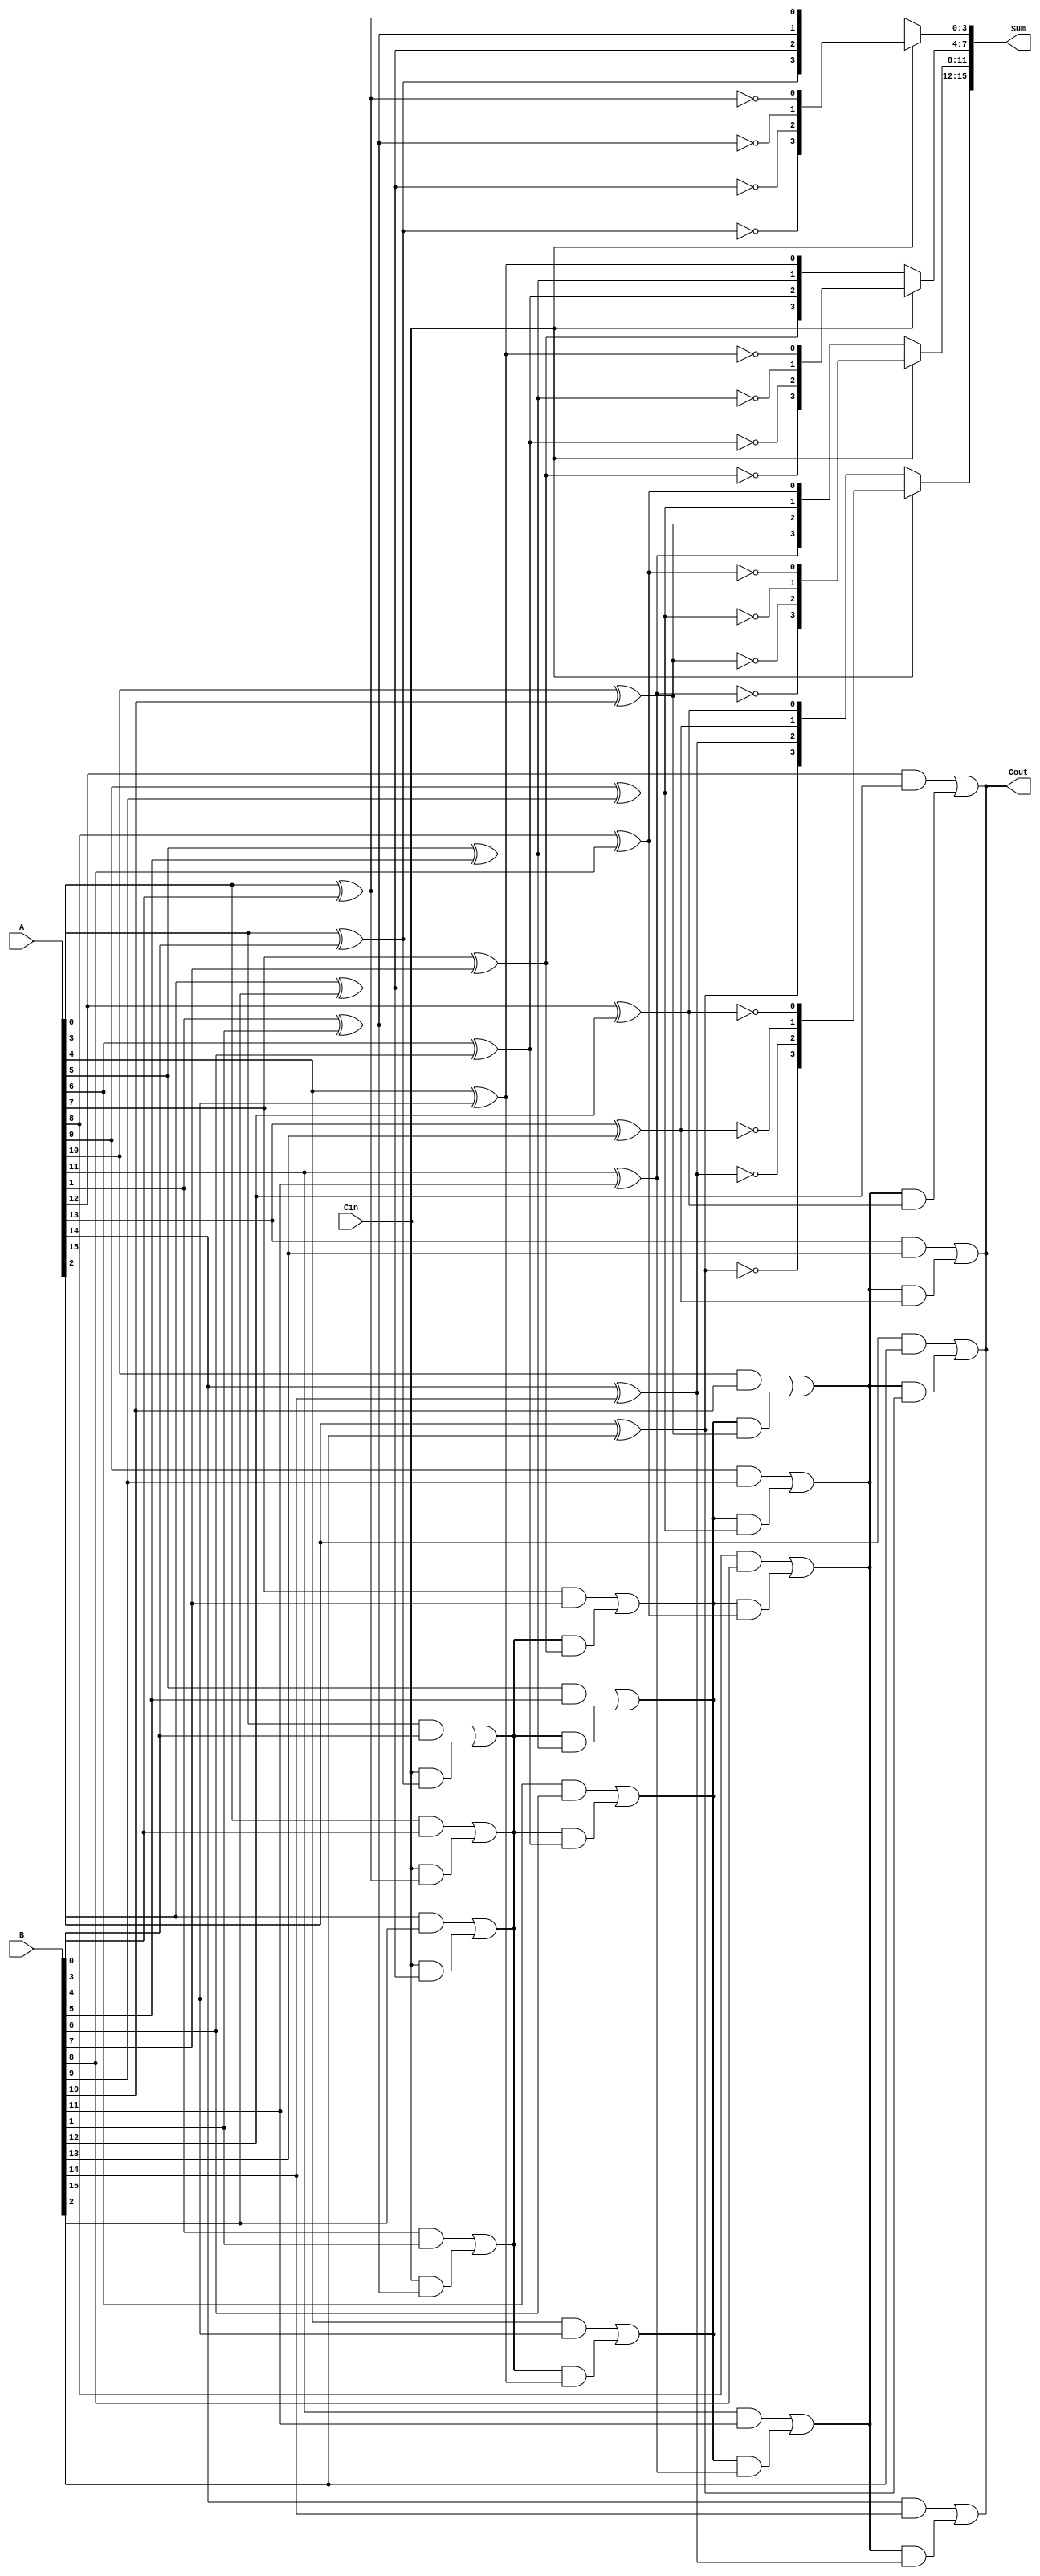
module StaticCarrySelectAdder #(
    parameter N = 16, // Bit-width of the inputs
    parameter K = 4   // Block size (number of bits per block)
) (
    input [N-1:0] A,        // Input A
    input [N-1:0] B,        // Input B
    input Cin,              // Carry-in
    output [N-1:0] Sum,     // Sum output
    output Cout             // Carry-out
);

    localparam NUM_BLOCKS = N / K;

    // Intermediate signals
    wire [K-1:0] Sum0[NUM_BLOCKS-1:0]; // Sum outputs when Cin = 0
    wire [K-1:0] Sum1[NUM_BLOCKS-1:0]; // Sum outputs when Cin = 1
    wire [NUM_BLOCKS-1:0] Cout_temp;    // Carry-out from each block
    wire [NUM_BLOCKS-1:0] Carry_in;      // Carry-in for each block
    wire [NUM_BLOCKS-1:0] Selected_Cout; // Selected carry-out based on Cin

    assign Carry_in[0] = Cin; // First block receives the Cin directly

    // Block generation
    genvar i, j;
    generate 
        for (i = 0; i < NUM_BLOCKS; i = i + 1) begin : block
            for (j = 0; j < K; j = j + 1) begin : bit
                if (i*K+j < N) begin
                    wire A_bit = A[i*K+j];
                    wire B_bit = B[i*K+j];

                    // Calculate sum when Cin = 0
                    assign Sum0[i][j] = A_bit ^ B_bit ^ 0;

                    // Calculate sum when Cin = 1
                    assign Sum1[i][j] = A_bit ^ B_bit ^ 1;

                    // Calculate carry-out for this bit using the carry-in
                    assign Cout_temp[i] = (A_bit & B_bit) | (Carry_in[i] & (A_bit ^ B_bit));
                end
            end
            
            // MUX selection for sum output based on Cin
            wire [K-1:0] selected_sum;
            assign selected_sum = (Cin == 0) ? Sum0[i] : Sum1[i];
            assign Sum[i*K +: K] = selected_sum;
            
            // Update carry-in for the next block
            if (i < NUM_BLOCKS - 1) begin
                assign Carry_in[i + 1] = Cout_temp[i];
            end
        end
    endgenerate

    // Final Carry-out
    assign Cout = Cout_temp[NUM_BLOCKS - 1];

endmodule